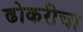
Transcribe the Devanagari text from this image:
ढोकरीचा